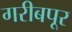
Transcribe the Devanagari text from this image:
गरीबपूर